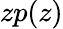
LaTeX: zp(z)